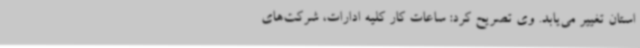
استان تغییر می‌یابد. وی تصریح کرد: ساعات کار کلیه ادارات، شرکت‌های